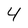
Character: 4